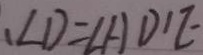
、 \angle D = \angle A D ^ { \prime } E